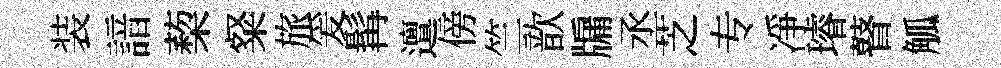
装諳蔾粲旅爰髯邅傍竺歆牖丞芝专凈璿瞽觚